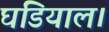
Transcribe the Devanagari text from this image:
घडियाल।